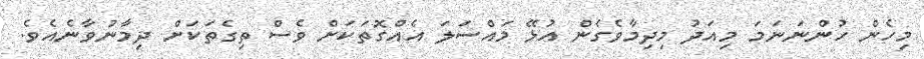
މިހެން ހުންނަނަމަ މިއަދު މިދިމާވެގެން އުޅޭ މައްސަލަ އެއްގޮތަކަށް ވެސް ތިގެތަކަށް ދިމާނުވާނެއެވެ.